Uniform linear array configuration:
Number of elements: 64
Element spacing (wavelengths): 1
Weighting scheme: hann
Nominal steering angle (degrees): -45
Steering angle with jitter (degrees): -44.21
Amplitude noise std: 0.05
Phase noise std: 0.05

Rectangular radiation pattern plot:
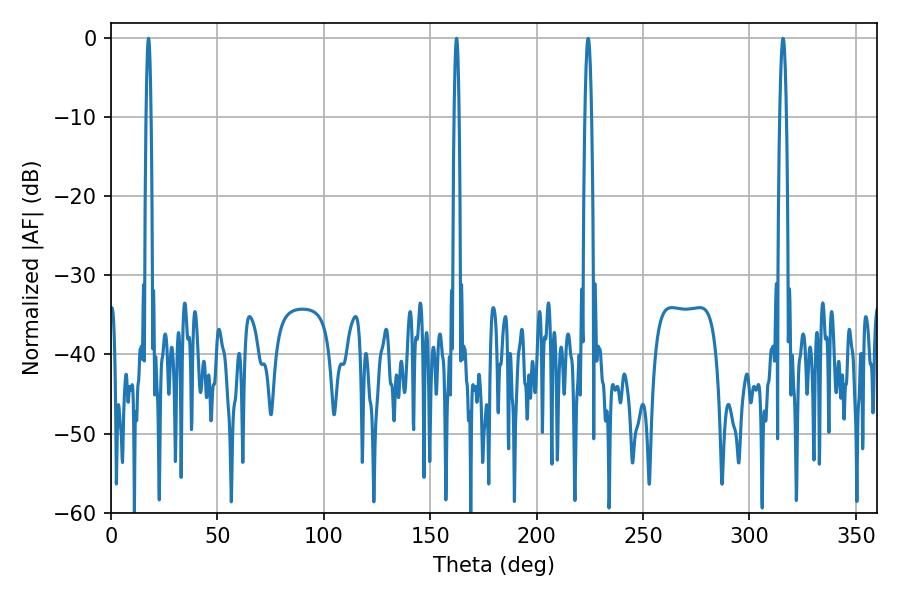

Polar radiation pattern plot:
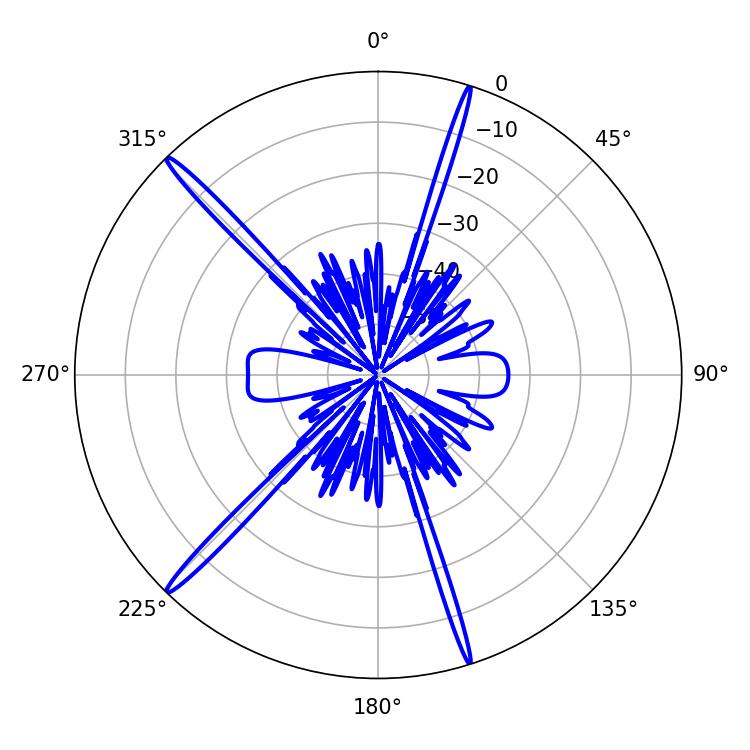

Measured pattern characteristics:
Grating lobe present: TRUE
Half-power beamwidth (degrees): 1.08
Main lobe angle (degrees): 17.64